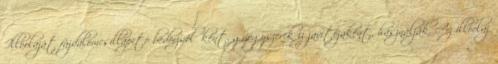
Illóolaját fájdalomcsillapító bedörzsölőként, gyógyszerek íz javítójaként, használják. Az illóolaj